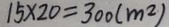
1 5 \times 2 0 = 3 0 0 ( m ^ { 2 } )